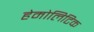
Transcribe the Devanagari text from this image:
हेमोलिटिक